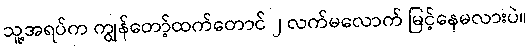
သူ့အရပ်က ကျွန်တော့်ထက်တောင် ၂ လက်မလောက် မြင့်နေမလားပဲ။